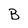
Character: B